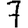
Digit: 7